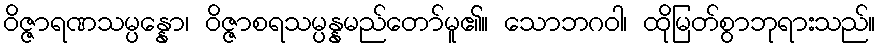
ဝိဇ္ဇာရဏသမ္ပန္နော၊ ဝိဇ္ဇာစရသမ္ပန္နမည်တော်မူ၏။ သောဘဂဝါ၊ ထိုမြတ်စွာဘုရားသည်။